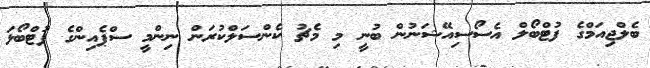
ބެލްޖިއަަމްގެ ފުޓްބޯލް އެސޯސިއޭޝަނުން ބުނީ މި މެޗު ކެންސަލްކުރަން ނިންމީ ސްޕެއިންގެ ފުޓްބޯޅަ